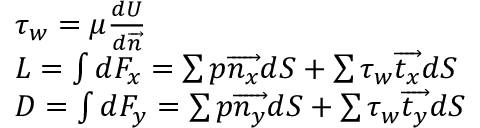
\begin{array} { r l } & { \tau _ { w } = \mu \frac { d U } { d \protect \overrightarrow { n } } } \\ & { L = \int d F _ { x } = \sum p \protect \overrightarrow { n _ { x } } d S + \sum \tau _ { w } \protect \overrightarrow { t _ { x } } d S } \\ & { D = \int d F _ { y } = \sum p \protect \overrightarrow { n _ { y } } d S + \sum \tau _ { w } \protect \overrightarrow { t _ { y } } d S } \end{array}